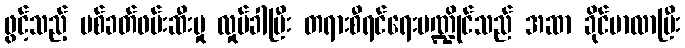
ဖွင့်သည့် ပစ်ခတ်ဖမ်းဆီးမှု လှုပ်ခါပြီး တရားစီရင်ရေးမဏ္ဍိုင်သည် အဆာ ခိုင်မာလာပြီး